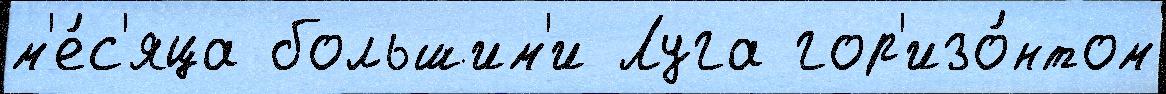
м'е́с'яца большим'и Луга гор'изо́нтом